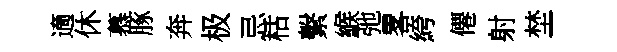
適休慕䐁奔极忌枯繫緱弛畧絝僊射埜